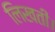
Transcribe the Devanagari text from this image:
लिखतीं।